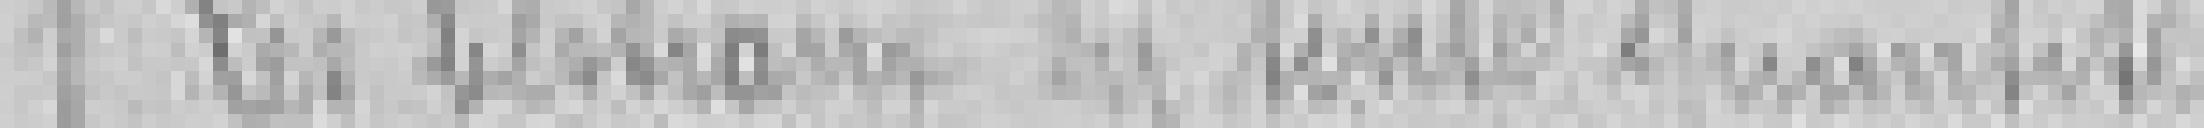
1. Les bestiaux en toute quantité